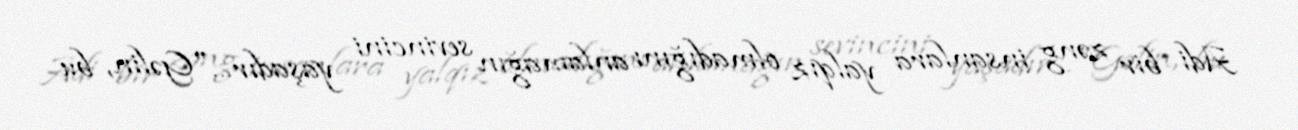
Adi bir zəng insanlara yalqız olmadığını anlamağın sevincini yaşadır…"Gəlin, bu